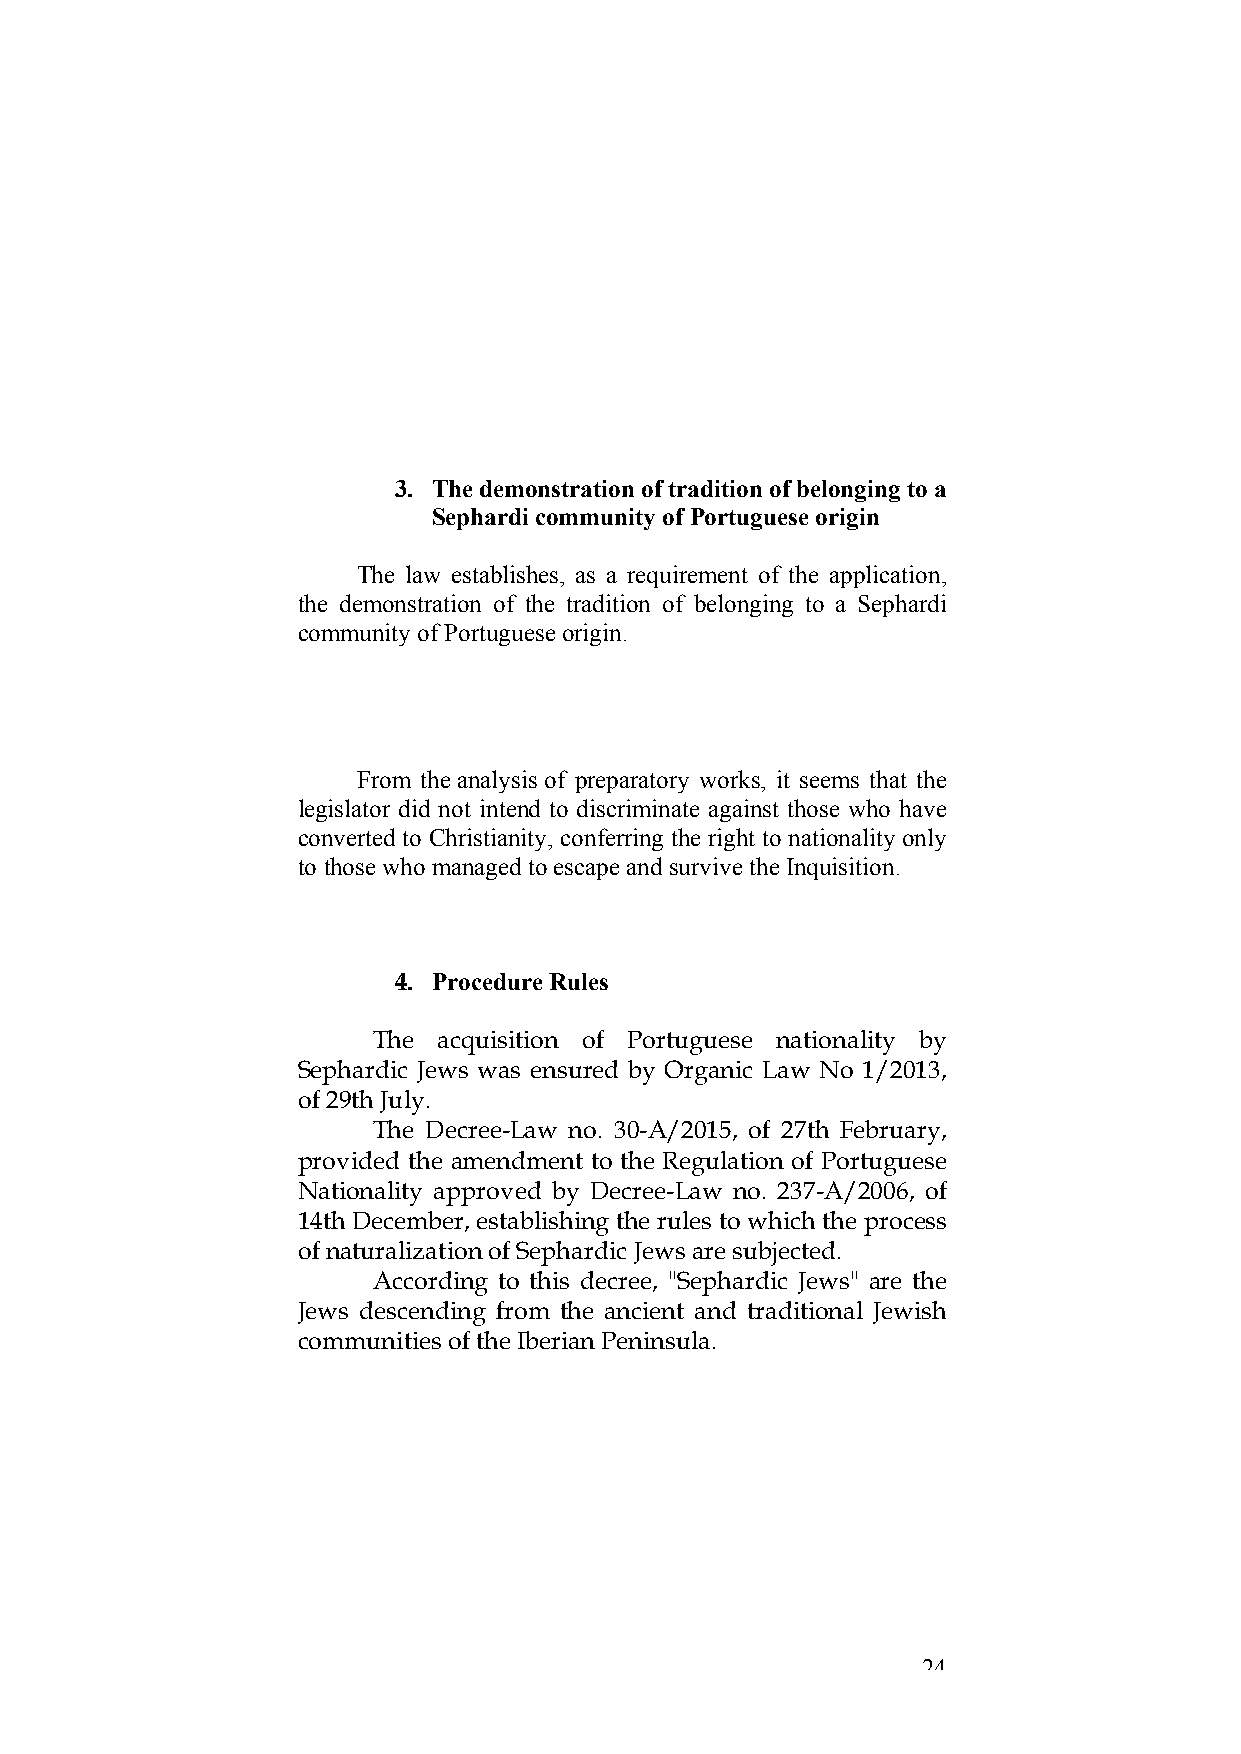
3. The demonstration of tradition of belonging to a
 Sephardi community of Portuguese origin
 The law establishes, as a requirement of the application,
 the demonstration of the tradition of belonging to a Sephardi
 community of Portuguese origin.
 From the analysis of preparatory works, it seems that the
 legislator did not intend to discriminate against those who have
 converted to Christianity, conferring the right to nationality only
 to those who managed to escape and survive the Inquisition.
 4. Procedure Rules
 The acquisition of Portuguese nationality by
 Sephardic Jews was ensured by Organic Law No 1/2013,
 of 29th July.
 The Decree-Law no. 30-A/2015, of 27th February,
 provided the amendment to the Regulation of Portuguese
 Nationality approved by Decree-Law no. 237-A/2006, of
 14th December, establishing the rules to which the process
 of naturalization of Sephardic Jews are subjected.
 According to this decree, "Sephardic Jews" are the
 Jews descending from the ancient and traditional Jewish
 communities of the Iberian Peninsula.
 24